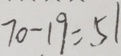
7 0 - 1 9 = 5 1